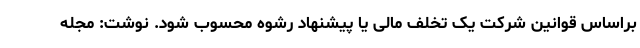
براساس قوانین شرکت یک تخلف مالی یا پیشنهاد رشوه محسوب شود. نوشت: مجله